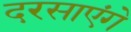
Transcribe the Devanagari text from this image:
दरसाएंगे